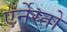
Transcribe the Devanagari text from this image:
एर्नेस्तो